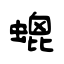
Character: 螕